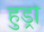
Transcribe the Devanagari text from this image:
हुड्रो